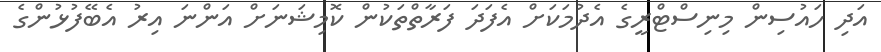
އަދި ހައުސިން މިނިސްޓްރީގެ އެދުމަކަށް އެފަދަ ފަރާތްތަކުން ކޮމިޝަނަށް އަންނަ އިރު އެބޭފުޅުންގެ